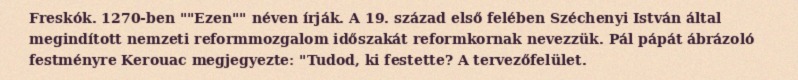
Freskók. 1270-ben ""Ezen"" néven írják. A 19. század első felében Széchenyi István által megindított nemzeti reformmozgalom időszakát reformkornak nevezzük. Pál pápát ábrázoló festményre Kerouac megjegyezte: "Tudod, ki festette? A tervezőfelület.